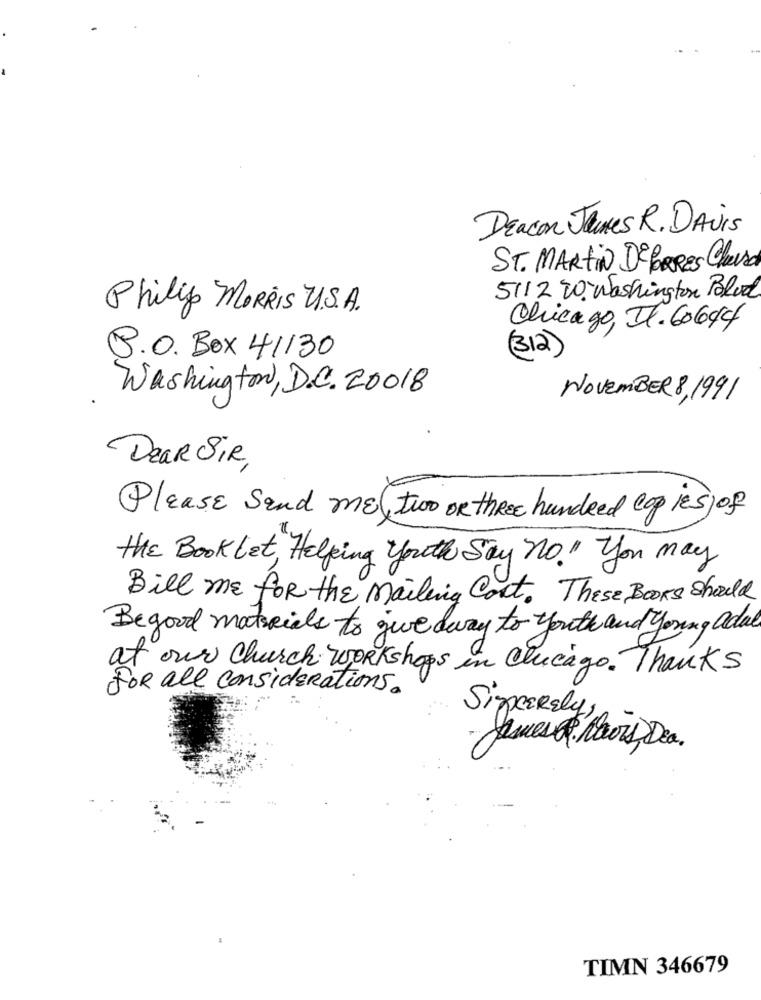
DEacon Jeunes R. DAVis
ST. MARTIN DEBERES Chevra
511220. Washington Polod
Philip MORRIS U.S.A.
Chicago, Il. 60644
B.O. Box 41130
(312)
Washington, D.C. 20018
NOVEMBER8, 1991
Dear Sir
Please Send ME( two OR THREE hundred cop IESjof
the Book Let, Helping youth Say no." you may
Bill ME for the mailing Cost. These Books Should
Begood materials to give away to youth and Young adult
at our Church WORKshops in Chicago. Thanks
FOR all considerations.
Sincerely,
Ques . Nawis Dea.
TIMN 346679